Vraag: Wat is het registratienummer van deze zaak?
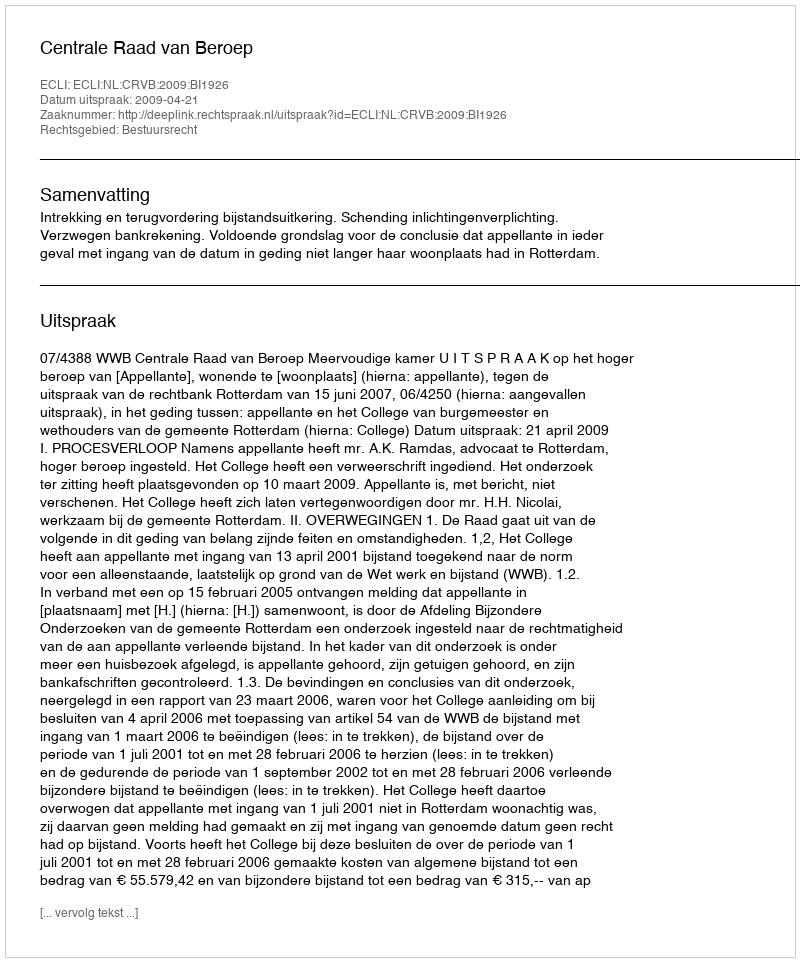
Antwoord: http://deeplink.rechtspraak.nl/uitspraak?id=ECLI:NL:CRVB:2009:BI1926